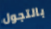
بالتجول